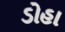
ડોહા